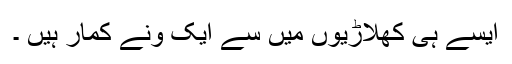
ایسے ہی کھلاڑیوں میں سے ایک ونے کمار ہیں ۔